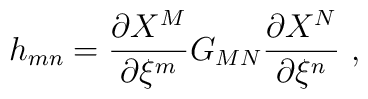
h_{mn}=\frac{\partial X^M}{\partial\xi^m} G_{MN}\frac{\partial X^N}{\partial\xi^n} \ ,